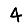
Digit: 4